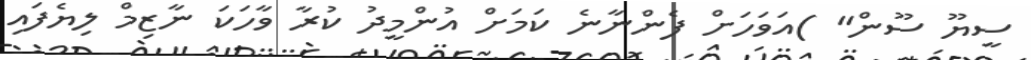
ސީޔޫ ސޫން" )އަވަހަށް ފެންނާނެ ކަމަށް އުންމީދު ކުރާ ވާހަކަ ނާޒިމް ލިޔެފައި